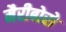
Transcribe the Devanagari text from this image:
मैरीबोरो